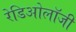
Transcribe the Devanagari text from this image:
रेडिओलॉजी